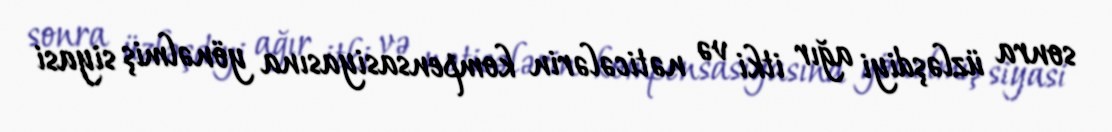
sonra üzləşdiyi ağır itki və nəticələrin kompensasiyasına yönəlmiş siyasi